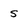
Character: s